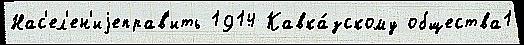
Нас'ел'ен'иjеправ'ить 1914 Кавка́зскому общества1